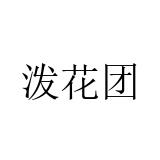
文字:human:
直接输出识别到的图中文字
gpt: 泼花团